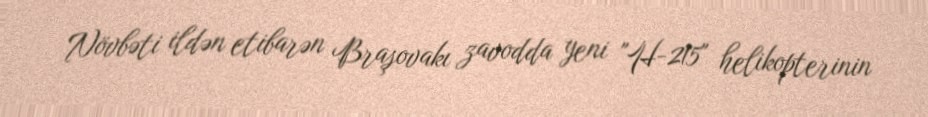
Növbəti ildən etibarən Braşovakı zavodda yeni "H-215" helikopterinin